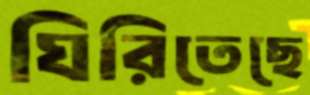
ঘিরিতেছে